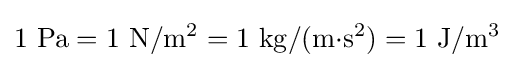
{\rm {1~Pa=1~N/m^{2}=1~kg/(m{\cdot }s^{2})=1~J/m^{3}}}